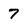
Character: 7